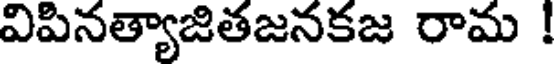
విపినత్యాజితజనకజ రామ !